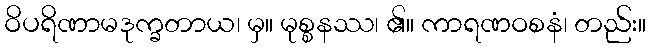
ဝိပရိဏာမဒုက္ခတာယ၊ မှ။ မုစ္စနဿ၊ ၏။ ကာရဏဝစနံ၊ တည်း။